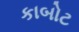
કાબોટ